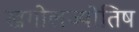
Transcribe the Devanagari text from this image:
खगोलज्योतिष